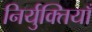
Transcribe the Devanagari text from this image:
निर्युक्तियाँ